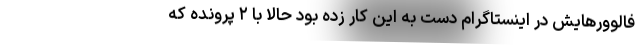
فالوورهایش در اینستاگرام دست به این کار زده بود حالا با ۲ پرونده که